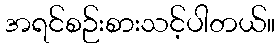
အရင်စဉ်းစားသင့်ပါတယ်။